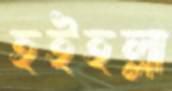
হইহল্লা